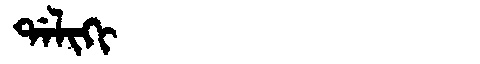
Manchu: ᡩᠠᠯᡳᡴᡳ
Romanization: DALIKI